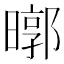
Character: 㬑